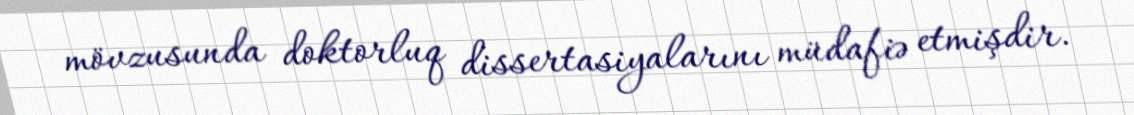
mövzusunda doktorluq dissertasiyalarını müdafiə etmişdir.